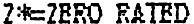
Z*=ZERO RATED